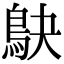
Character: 鴃